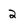
Character: 2